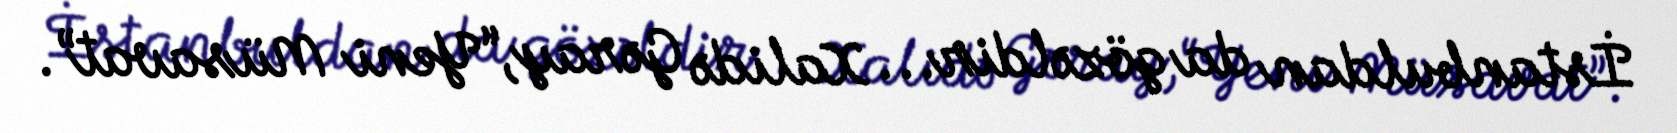
İstanbuldan da gözəldir... Xalidə Gəray,“Yeni Müsavat”.